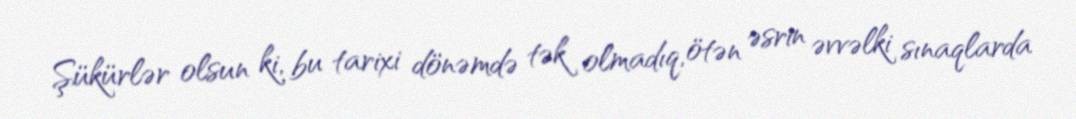
Şükürlər olsun ki, bu tarixi dönəmdə tək olmadıq, ötən əsrin əvvəlki sınaqlarda